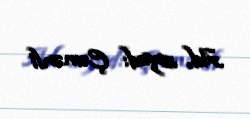
Ad, soyad: Çəmənli